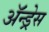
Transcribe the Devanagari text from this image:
ॲन्ड्रेस